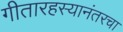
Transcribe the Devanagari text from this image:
गीतारहस्यानंतरचा